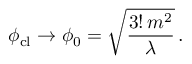
\phi _ { \mathrm { c l } } \to \phi _ { 0 } = \sqrt { { \frac { 3 ! \, m ^ { 2 } } { \lambda } } } \, .